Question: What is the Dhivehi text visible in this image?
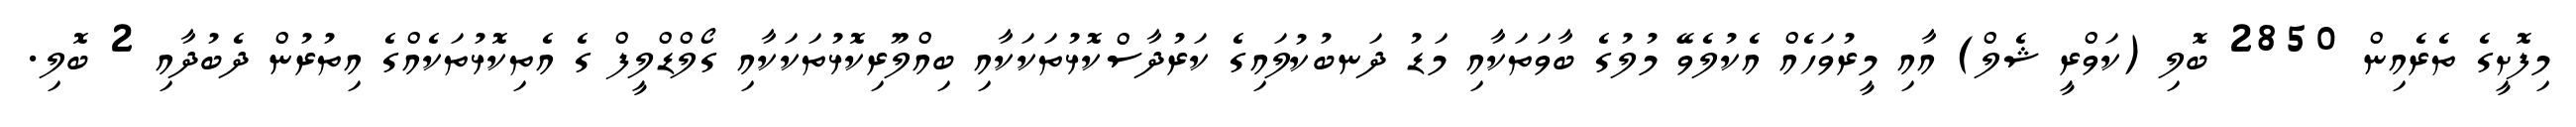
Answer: މިފޮށީގެ ތެރެއިން 2850 ބޮލި (ކަވްރީ ޝެލް) އާއި މީރުވަހެއް އެކުލެވޭ މުލުގެ ބާވަތަކާއި މަޑު ދަނބުކުލައިގެ ކަރުދާސްކޮޅުތަކަކާއި ބިއްލޫރިކޮޅުތަކަކާއި ގޯލްޑްލީފް ގެ އެތިކޮޅުތަކެއްގެ އިތުރުން ދެބުދާއި 2 ބޮލި.